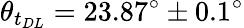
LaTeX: \theta_{t_{DL}}=23.87^{\circ}\pm 0.1^{\circ}